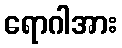
ရောဂါအား